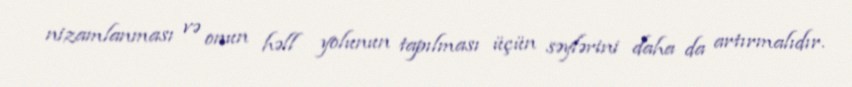
nizamlanması və onun həll yolunun tapılması üçün səylərini daha da artırmalıdır.